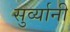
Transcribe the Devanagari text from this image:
सुर्व्यानी